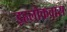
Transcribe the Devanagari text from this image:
इहलोकवास